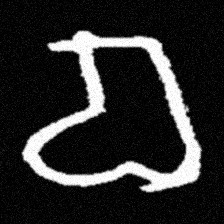
Pyu character \u2014 Myanmar letter: စ (romanized: ca)